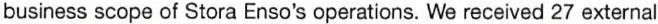
business scope of Stora Enso's operations. We received 27 external